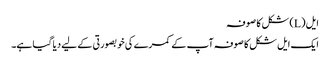
ایل (L) شکل کا صوفہ
ایک ایل شکل کا صوفہ آپ کے کمرے کی خوبصورتی کے لیے دیا گیا ہے۔